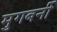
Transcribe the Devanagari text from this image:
मुगबर्नी